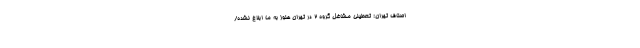
اصناف تهران: تعطیلی مشاغل گروه ۲ در تهران هنوز به ما ابلاغ نشده/